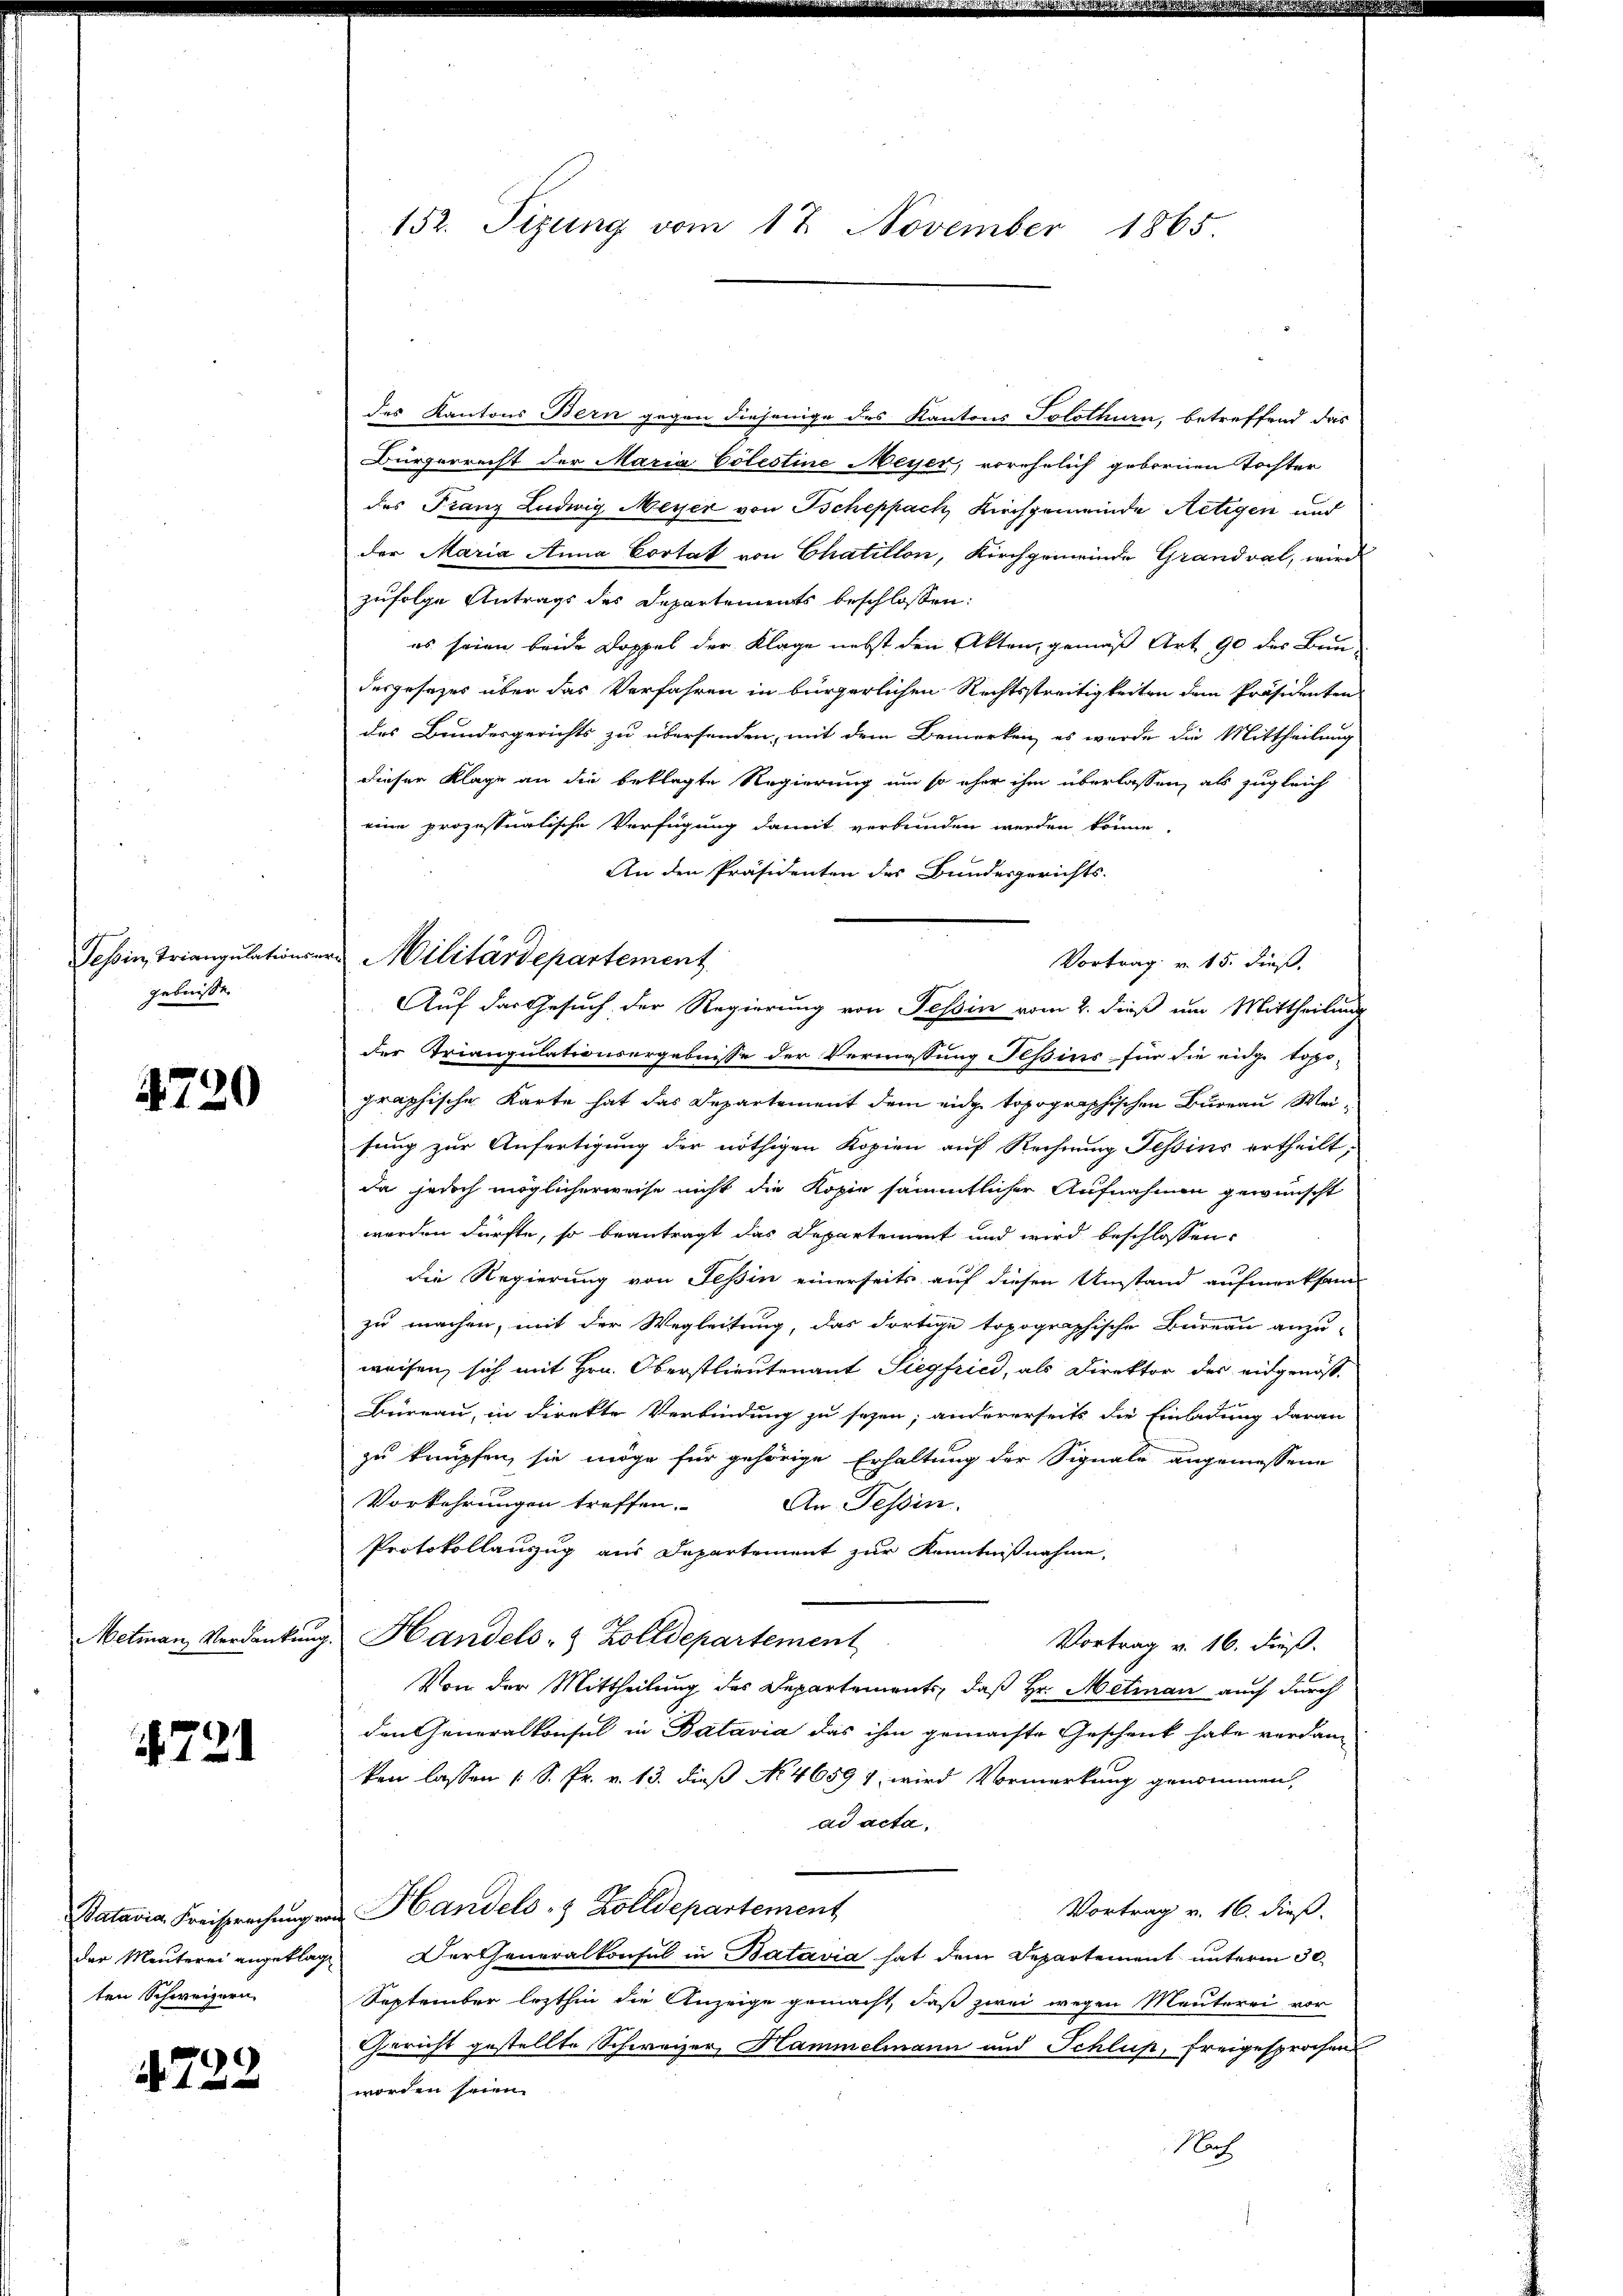
gebnisse.

4720

4721

ten Schweizern

4722

des Kantons Bern gegen diejenige des Kantons Solothurn, betreffend das
Bürgerrecht der Maria Cölestine Meyer, vorehelich gebornen Tochter
des Franz Ludwig Meyer von Tscheppach Kirchgemeinde Netigen und
der Maria Anna Cortat von Chatition, Kirchgemeinde Grandval, wird
zufolge Antrags des Departements beschlossen:
es seien beide Doppel der Klage nebst den Akten, gemäß Art 90 der Bun
desgesezes über das Verfahren in bürgerlichen Rechtsstreitigkeiten dem Präsidenten
des Bundesgerichts zu übersenden, mit dem Bemerken, es wurde die Mittheilung
dieser Klage an die beklagte Regierung um so eher ihm überlassen, als zugleich
eine prozessualische Verfügung damit verbunden werden könne.
An den Präsidenten des Bundesgerichts-
Vortrag v. 15. dieß.
Auf das Gesuch der Regierung von Tessin vom 2. dieß um Mittheilung
der Triangulationsergebnisse der Vermessung Ilßins für die eidge topo-
graphische Karte hat das Departement dem eidge topographischen Bureau Weisung zur Anfertigung der nöthigen Kopien auf Rechnung Tessins ertheilt,
da jedoch möglicherweise nicht die Kopie sämmtlicher Aufnahmen gewünscht
worden dürfte, so beantragt das Departement und wird beschlossen:
die Regierung von Tessin einerseits auf diesen Umstand aufmerksam
zu machen, mit der Wegleitung, das dortige topographische Bureau anzu-
weisen, sich mit Hrn. Oberstlieutenant Siegfried, als Direktor des eidgenös-
Bureau, in direkte Verbindung zu sezen; andererseits die Einladung daran
zu knüpfen, sie möge für gehörige Erhaltung der Signale angemessene
Vorkehrungen treffen.
An Tessin.
Protokollanzug aus Departement zur Kenntnißnahme,
Metman Verdankung. Handels- & Zolldepartement
Vortrag v. 16. dieß.
Von der Mittheilung des Departements, daß Hr. Metian auch durch
den Generalkonsul in Batavia das ihm gemachte Geschenk habe verdanken lassen (: S. Pr. v. 13. dieß No. 46597 wird Vormerkung genommen,
ad acta,
Vortrag v. 16. dieß.
Stataria Freisprechŭng von Handels- & Zolldepartement
der Menterei angeklage ertheneralkonsul in Batavia hat dem Departement unterm 30.
September lezthin die Anzeige gemacht, daß zwei wegen Menterei vor
Gericht gestellte Schweizer, Hammelmann und Schluß, freigesprochen
worden seien.
Nach

152. Tizung vom 17. November 1865.

Tessin, Triangulationsere Militärdepartement